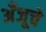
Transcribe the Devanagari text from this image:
अँजूचे